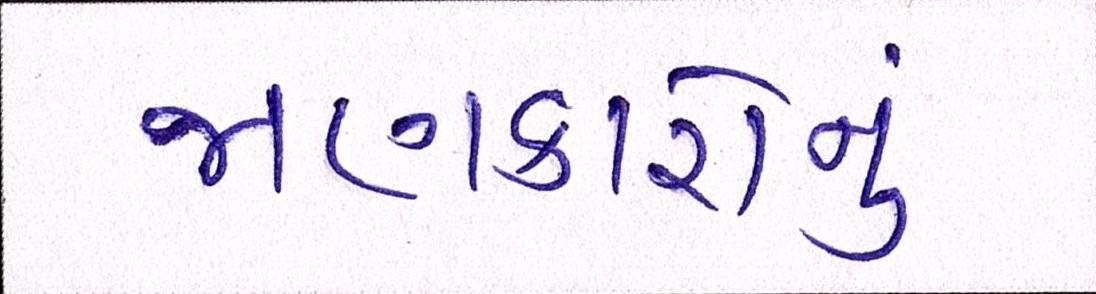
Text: જાણકારોનું